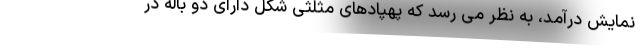
نمایش درآمد، به نظر می رسد که پهپادهای مثلثی شکل دارای دو باله در